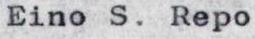
Eino S. Repo